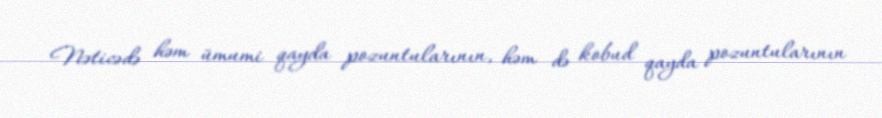
Nəticədə həm ümumi qayda pozuntularının, həm də kobud qayda pozuntularının